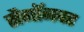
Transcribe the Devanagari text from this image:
सैगॉनवर